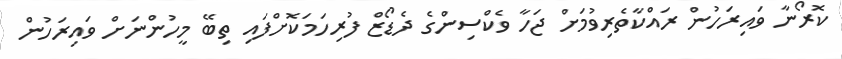
ކޮރޯނާ ވައިރަހުން ރައްކާތެރިވުމަށް ޖަހާ ވެކްސިންގެ ދެޑޯޒް ފުރިހަމަކޮށްފައި ތިބޭ މީހުންނަށް ވައިރަހުން